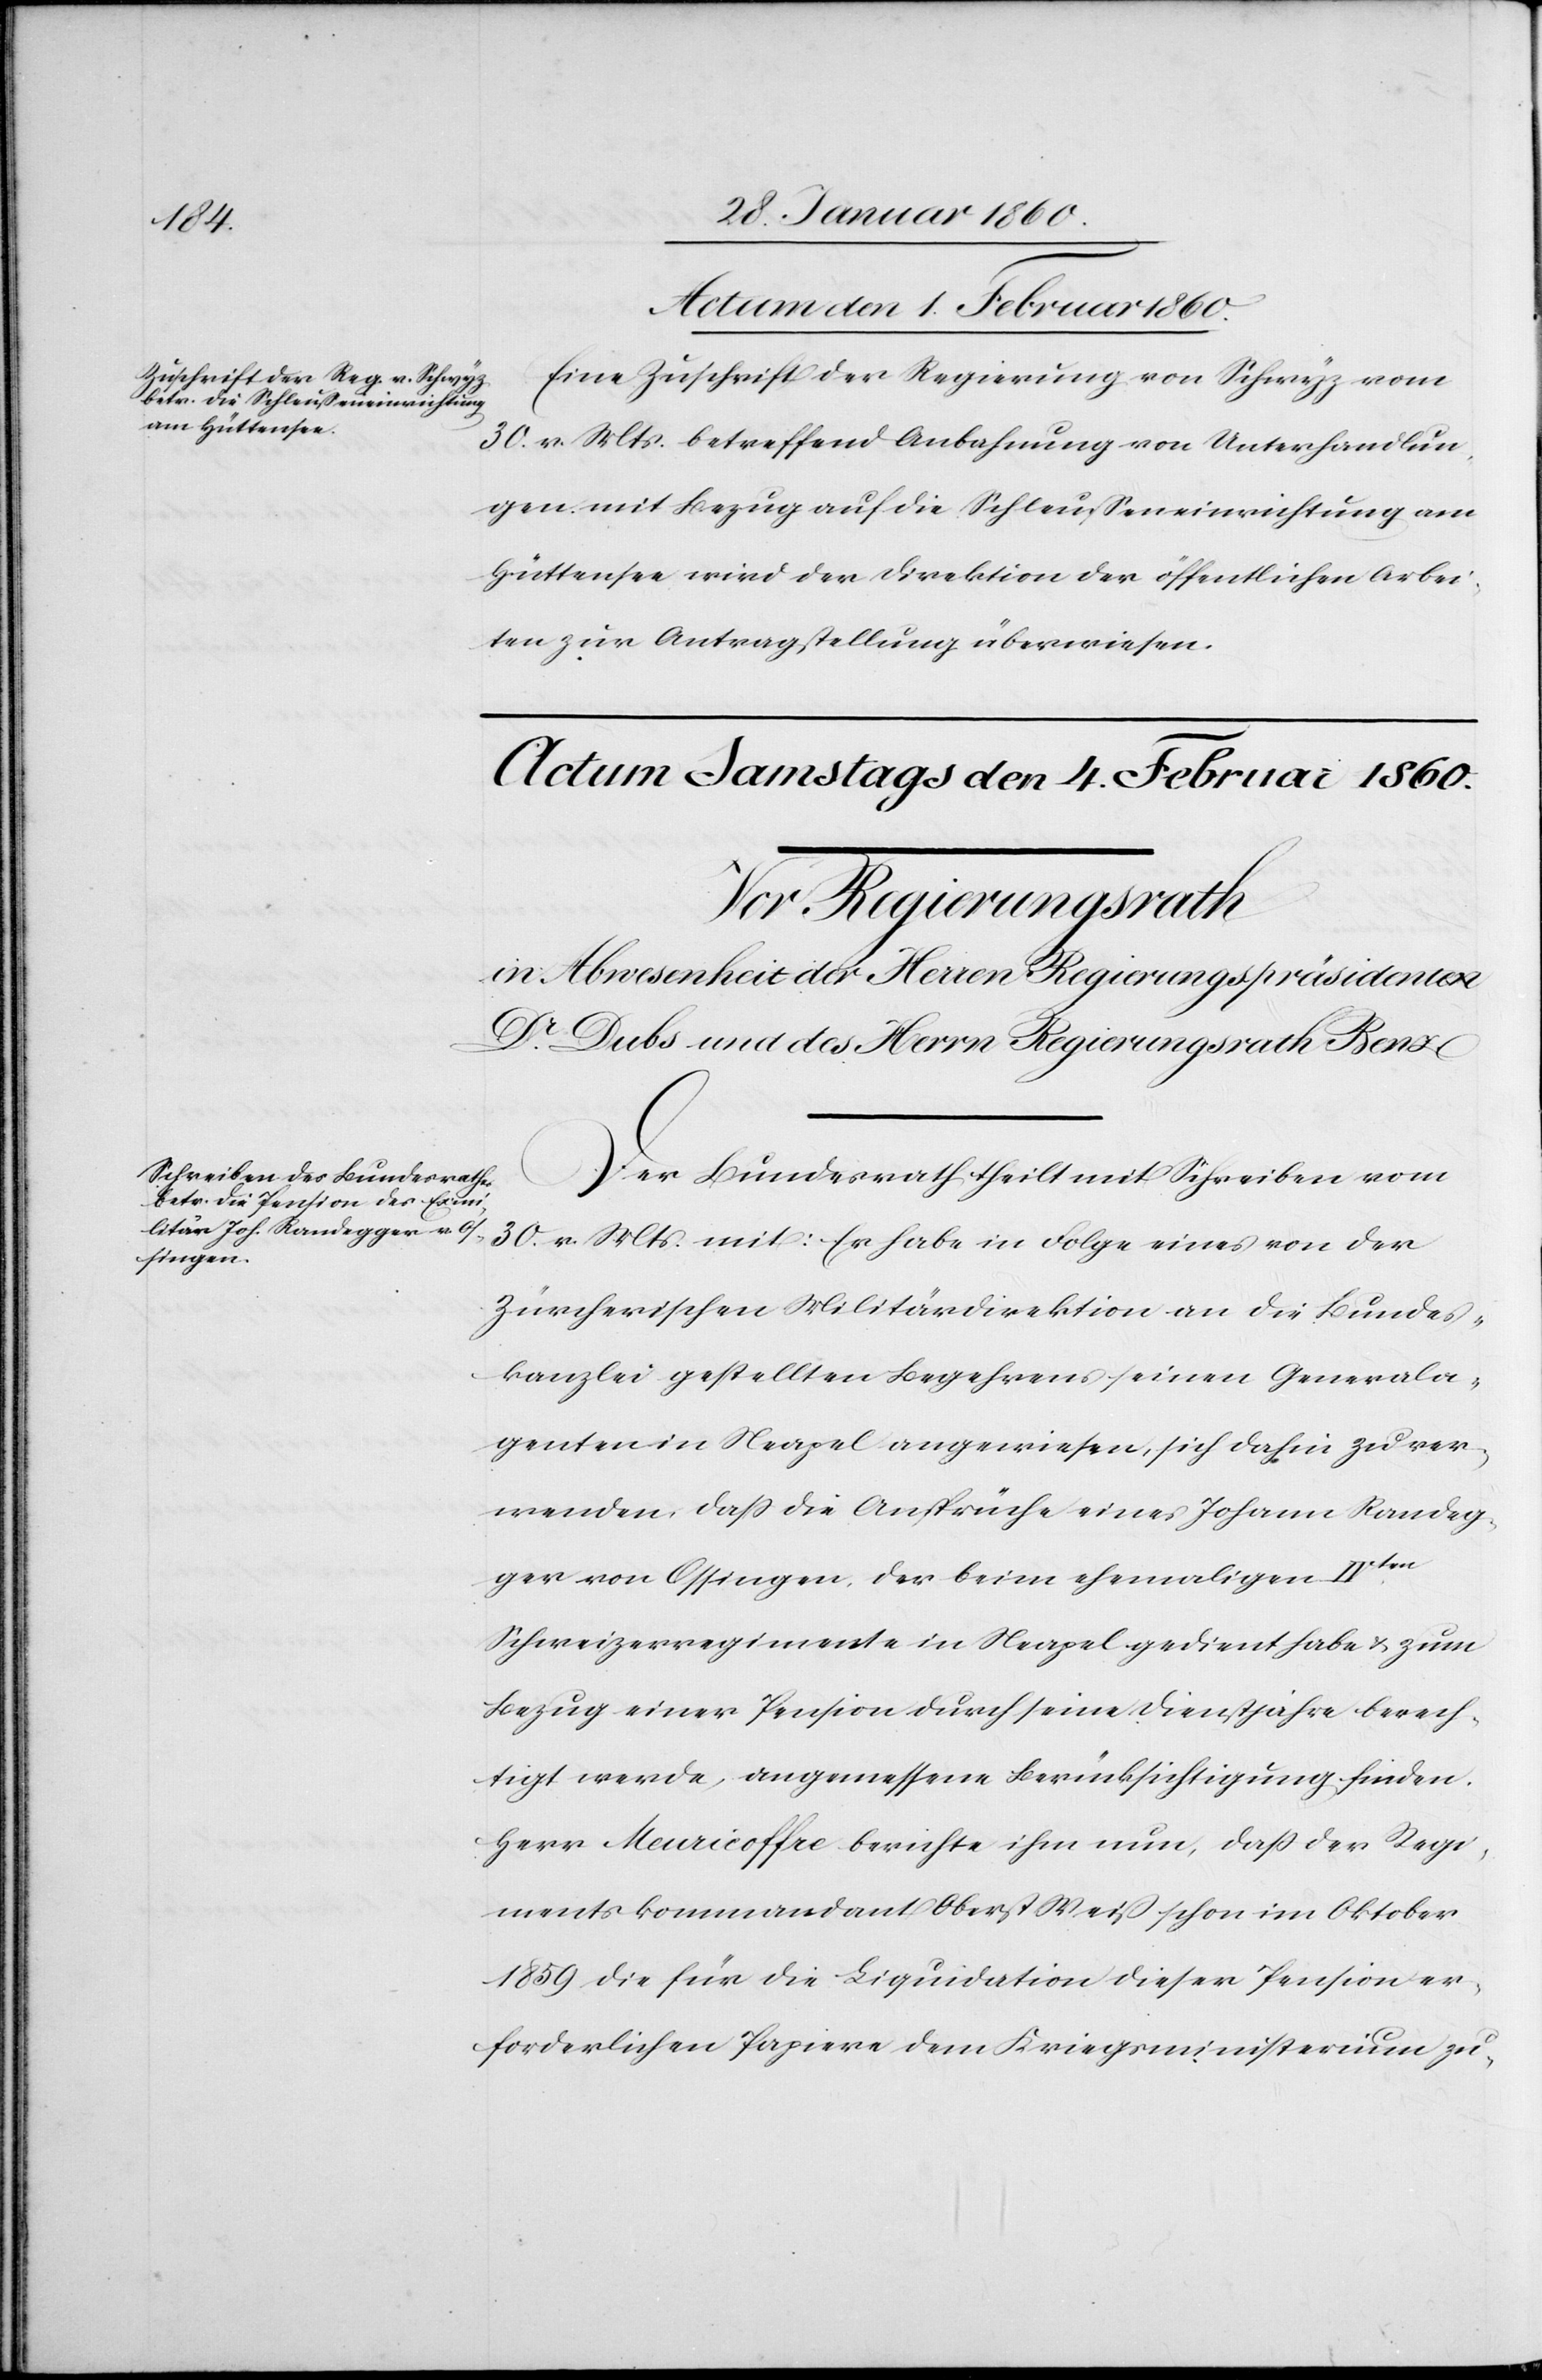
Actum den 1. Februar 1860.
Eine Zuschrift der Regierung von Schwyz vom
30. v. Mts. betreffend Anbahnung von Unterhandlun¬
gen mit Bezug auf die Schleusseneinrichtung am
Hüttensee wird der Direktion der öffentlichen Arbei¬
ten zur Antragstellung überwiesen.
Der Bundesrath theilt mit Schreiben vom
30. v. Mts. mit: Er habe in Folge eines von der
Zürcherischen Militärdirektion an die Bundes¬
kanzlei gestellten Begehren seinen Generala¬
genten in Neapel angewiesen, sich dahin zu ver¬
wenden, dass die Ansprüche eines Johann Randeg¬
ger von Ossingen, der beim ehemaligen IVten
Schweizerregimente in Neapel gedient habe u. zum
Bezug einer Pension durch seine Dienstjahre berech¬
tigt werde, angemessene Berücksichtigung finden.
Herr Meuricoffre berichte ihm nun, dass der Regi¬
mentskommandant Oberst Weiß schon im Oktober
1859 die für die Liquidation dieser Pension er¬
forderlichen Papiere dem Kriegsministerium zu-